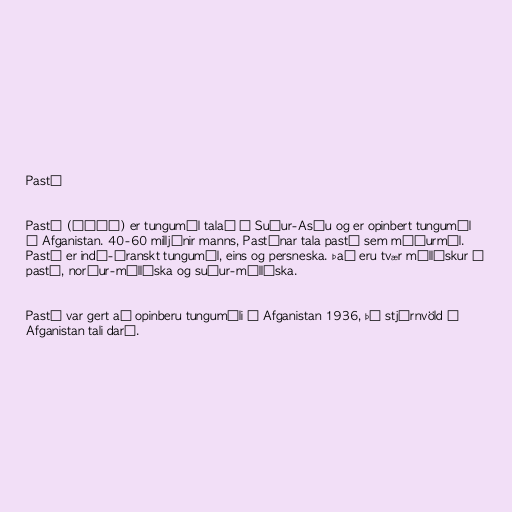
Pastú

Pastú (پښتو) er tungumál talað í Suður-Asíu og er opinbert tungumál
í Afganistan. 40-60 milljónir manns, Pastúnar tala pastú sem móðurmál.
Pastú er indó-íranskt tungumál, eins og persneska. Það eru tvær mállýskur í
pastú, norður-mállýska og suður-mállýska.

Pastú var gert að opinberu tungumáli í Afganistan 1936, þó stjórnvöld í
Afganistan tali darí.